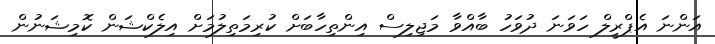
އަންނަ އެޕްރީލް ހަވަނަ ދުވަހު ބާއްވާ މަޖިލިސް އިންތިހާބަށް ކުރިމަތިލުމަށް އިލެކްޝަން ކޮމިޝަނުން